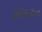
કસરત